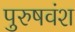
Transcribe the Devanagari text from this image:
पुरुषवंश